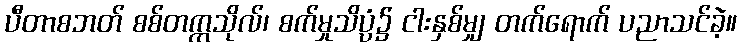
ပီတာစဘတ် စစ်တက္ကသိုလ်၊ စက်မှုသိပ္ပံ၌ ငါးနှစ်မျှ တက်ရောက် ပညာသင်ခဲ့။